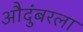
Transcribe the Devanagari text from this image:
औदुंबरला